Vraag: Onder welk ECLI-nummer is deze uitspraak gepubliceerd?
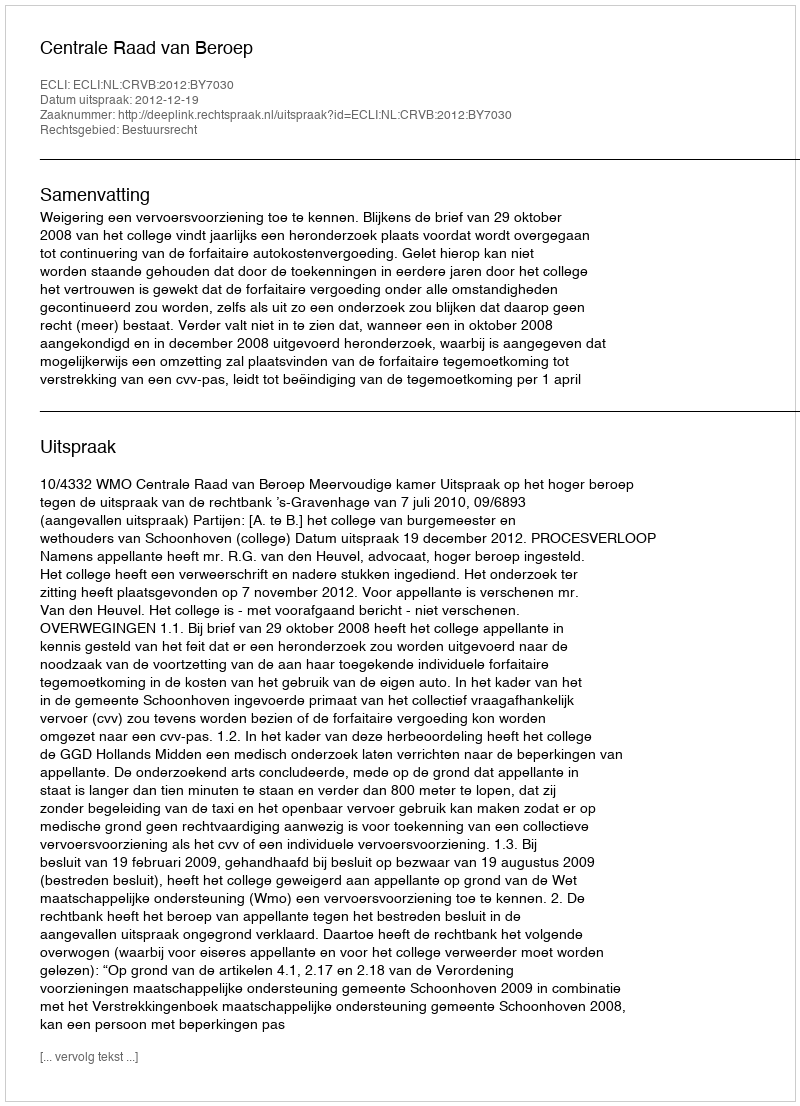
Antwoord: ECLI:NL:CRVB:2012:BY7030